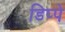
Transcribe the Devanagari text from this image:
डिप्पे